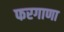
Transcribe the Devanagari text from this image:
फरगाणा